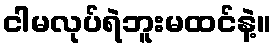
ငါမလုပ်ရဲဘူးမထင်နဲ့။